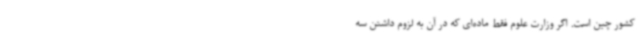
کشور چین است. اگر وزارت علوم فقط ماده‌ای که در آن به لزوم داشتن سه